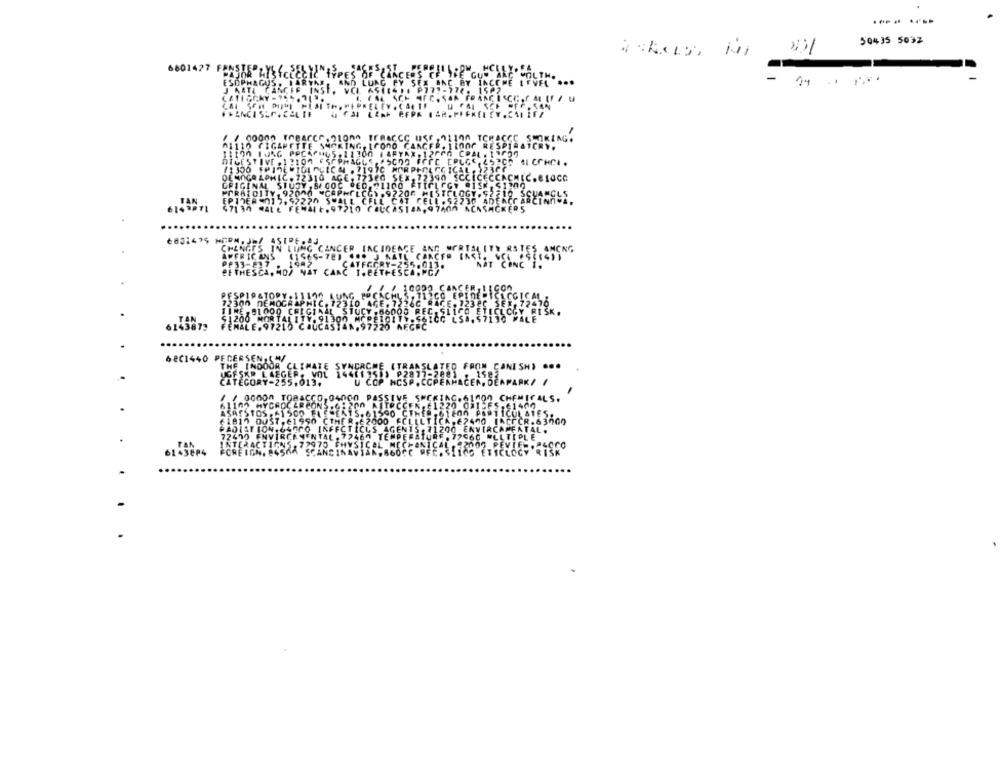
50435 5032
6801
-
IDEM
6145679
68C1440 PEDERSENALM/
CANI SH3 ...
UGESKR LAEGER. VOL 144113513 92877-2881 . 1582
CATEGORY-255,013.
U COP MCSP. CCPEAHACER, DEAPAPK/ /
/ / 06000 TOBACCO,04000 PASSIVE SHC
LG.61000 CHEMICALS.
HYCHOC ARCO
On ATTRCCEN,E1220 OWIJES.61400
ASAISTO
41500 ELE
61590 CTHER -61E00 PARTICUL ATES
1.61990 CTME!
2000 FCLILTICA,62400 IACCCR.63000
PADISTION. 640PO INFECTICUS AGENTS. 71200 ENVIRCAMENTAL.
77470
FIRCAMENTAL . 7746 TEMPERATURE . 72960 MULTIPLE
PAN
INTERAC
IGNS. 72975 FHY
ICAL MECHANICAL . 2000 PEVIEW, PACCO
6143884
FOREIG
SMA SCANDINA
100 ETICLOGY RISK
..